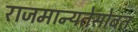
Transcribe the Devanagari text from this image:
राजमान्यतेसोबत